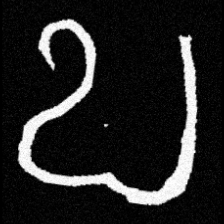
Pyu character \u2014 Myanmar letter: ဎ (romanized: ddha)